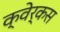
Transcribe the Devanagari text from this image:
क्वेर्कस